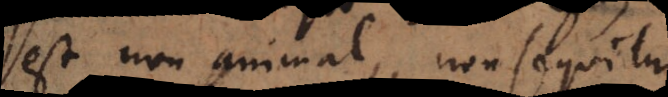
est non animal, non sequitur